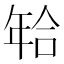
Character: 𰏫